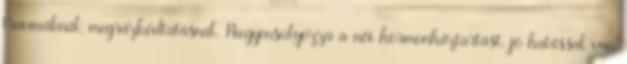
traumáknál, megrázkódtatásnál. Kiegyensúlyozza a női hormonháztartást, jó hatással van